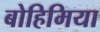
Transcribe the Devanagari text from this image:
बोहिमिया